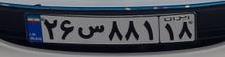
۲۶س۸۸۱۱۸